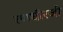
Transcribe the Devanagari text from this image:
रणधीरजी